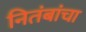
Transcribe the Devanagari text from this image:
नितंबांचा